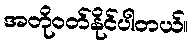
အတိုဝတ်နိုင်ပါတယ်။